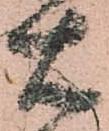
右